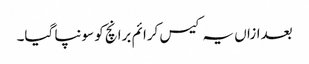
بعدازاں یہ کیس کرائم برانچ کو سونپا گیا۔